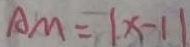
A M = \vert x - 1 \vert